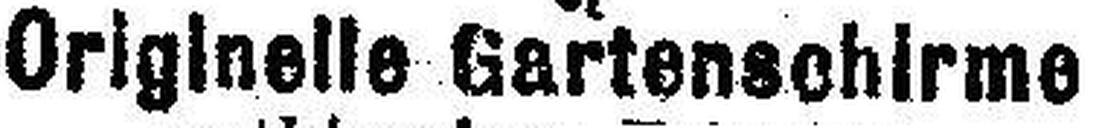
Originelle Gartenschirme